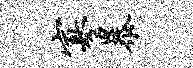
寡暴